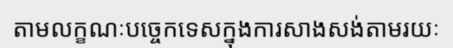
តាមលក្ខណៈបច្ចេកទេសក្នុងការសាងសង់តាមរយៈ